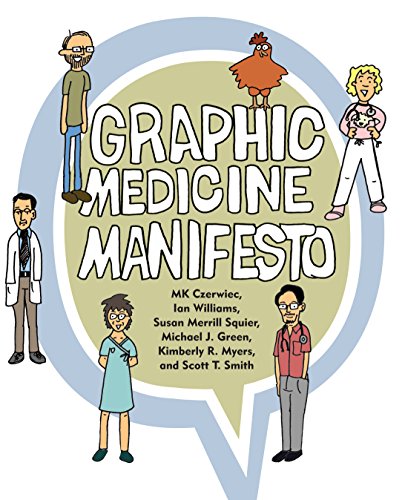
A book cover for Graphic Medicine Manifesto; MK Czerwiec; Comics & Graphic Novels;